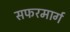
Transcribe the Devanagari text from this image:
सफरमार्ग